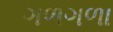
ગળગળા